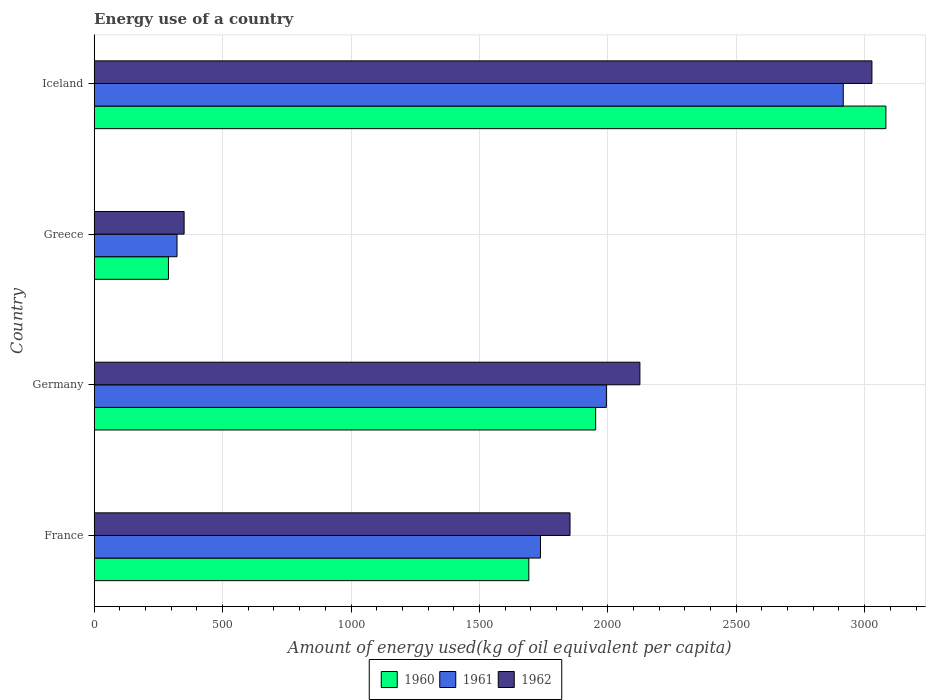
| Country | 1960 | 1961 | 1962 |
 | --- | --- | --- | --- |
 | France | 1.69e+03 | 1.74e+03 | 1.85e+03 |
 | Germany | 1.95e+03 | 1.99e+03 | 2.12e+03 |
 | Greece | 289 | 322 | 350 |
 | Iceland | 3.08e+03 | 2.92e+03 | 3.03e+03 |